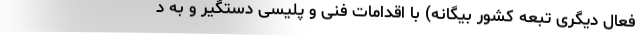
فعال دیگری تبعه کشور بیگانه) با اقدامات فنی و پلیسی دستگیر و به د